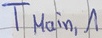
Text: TMain,1